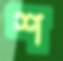
শ